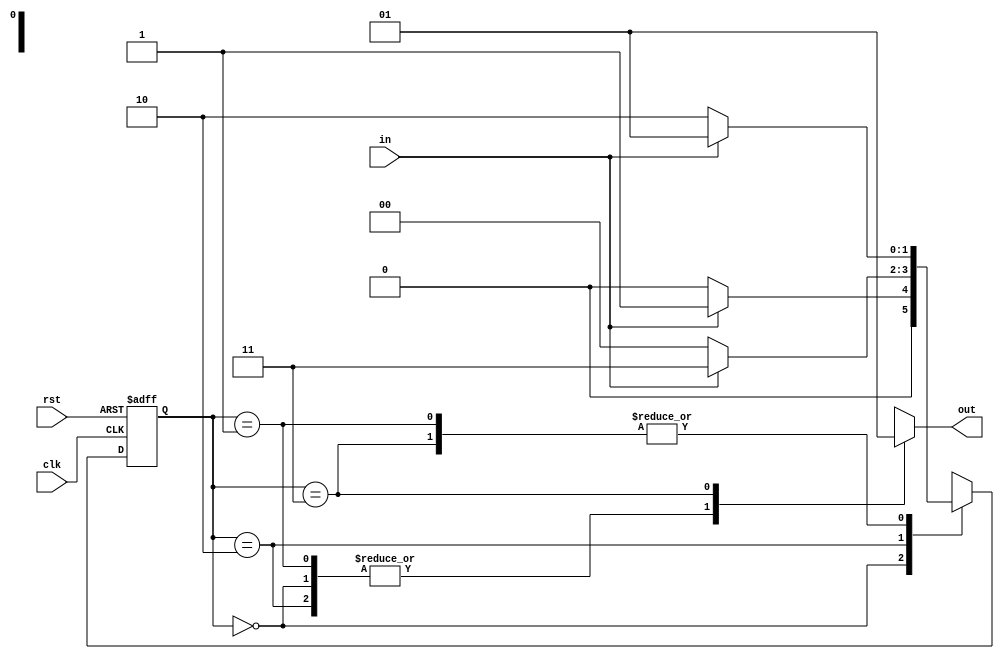
//101
module seq101_2(
	input clk,rst,in,
	output reg out
);
	localparam S0=2'b00,S1=2'b01,S2=2'b10,S3=2'b11;

	reg [1:0] state,next_state;
    always@(posedge clk or posedge rst)begin
        if(rst)
            state<=S0;
        else
            state<=next_state;
    end

	always@(*)begin
        case(state)
			S0:begin
				next_state<=in?S1:S0;
				out<=0;
			end
			S1:begin
				next_state<=in?S1:S2;
				out<=0;
			end
			S2:begin
				next_state<=in?S3:S0;
				out<=0;
			end
			S3:begin
				next_state<=in?S1:S2;
				out<=1;
			end
		endcase
	end

endmodule